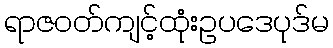
ရာဇဝတ်ကျင့်ထုံးဥပဒေပုဒ်မ